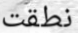
نطقت